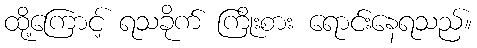
ထို့ကြောင့် ရသခိုက် ကြိုးစား ရောင်းနေရသည်။